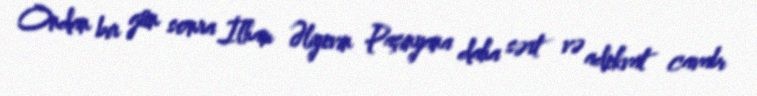
Ondan bir gün sonra İlham Əliyevin Paşinyana daha sərt və adekvat cavabı